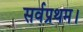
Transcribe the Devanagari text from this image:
सर्वप्रथम।